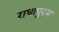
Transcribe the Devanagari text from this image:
राधापुरम